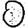
Digit: 0